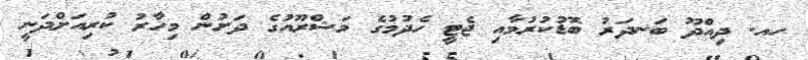
ހއ. ދިއްދޫ ބަނދަރު ބޮޑުކުރުމާއި ޖެޓީ ހެދުމުގެ މަޝްރޫއުގެ ދަށުން މިހާރު ކުރިއަށްދަނީ